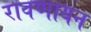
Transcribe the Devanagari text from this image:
रावणायन